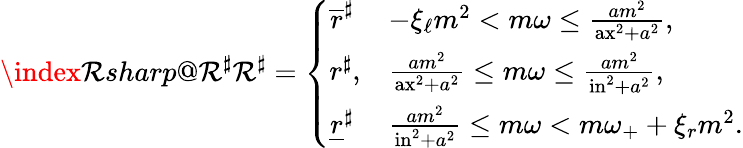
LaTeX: \index{\mathcal{R}sharp@\mathcal{R}^{\sharp}}\mathcal{R}^{\sharp}=\left\{ \begin{array}{ll}{\overline{{r}}^{\sharp}}&{-\xi_{\ell}m^{2}<m\omega\leq\frac{am^{2}}{\mathrm{ax}^{2}+a^{2}},}\\ {r^{\sharp},}&{\frac{am^{2}}{\mathrm{ax}^{2}+a^{2}}\leq m\omega\leq\frac{am^{2}}{\mathrm{in}^{2}+a^{2}},}\\ {\underline{{r}}^{\sharp}}&{\frac{am^{2}}{\mathrm{in}^{2}+a^{2}}\leq m\omega<m\omega_{+}+\xi_{r}m^{2}.}\end{array}\right.